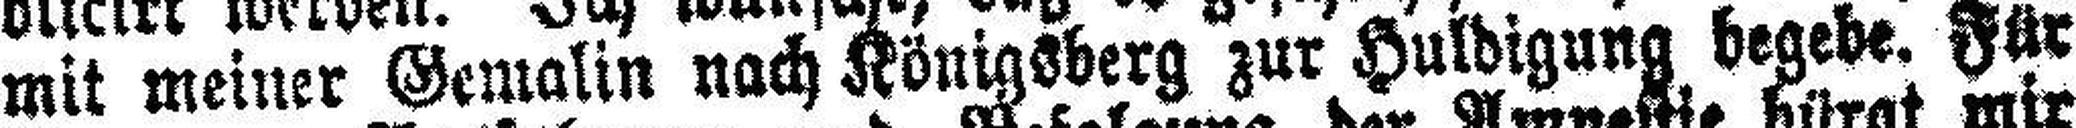
mit meiner Gemalin nach Königsberg zur Huldigung begebe. Für